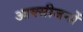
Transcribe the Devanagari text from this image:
आक्सीजनों